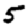
Digit: 5